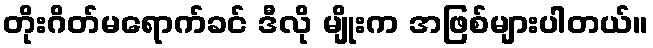
တိုးဂိတ်မရောက်ခင် ဒီလို မျိုးက အဖြစ်များပါတယ်။